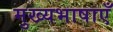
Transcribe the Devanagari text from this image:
मुख्यभाषाएँ